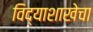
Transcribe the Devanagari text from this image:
विद्याशाखेचा